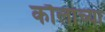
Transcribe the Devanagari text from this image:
कौलाच्या